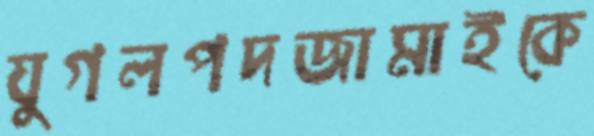
যুগলপদজামাইকে